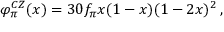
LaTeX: \varphi _ { \pi } ^ { C Z } ( x ) = 3 0 f _ { \pi } x ( 1 - x ) ( 1 - 2 x ) ^ { 2 } \, ,